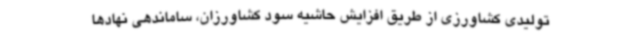
تولیدی کشاورزی از طریق افزایش حاشیه سود کشاورزان، ساماندهی نهادها